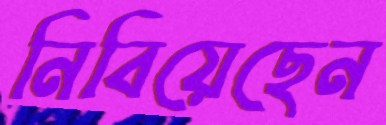
নিবিয়েছেন